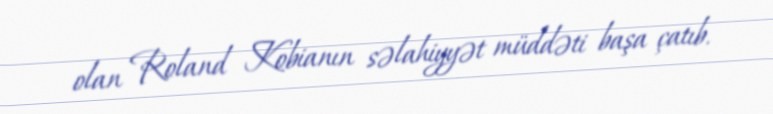
olan Roland Kobianın səlahiyyət müddəti başa çatıb.